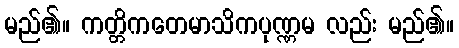
မည်၏။ ကတ္တိကတေမာသိကပုဏ္ဏမ လည်း မည်၏။